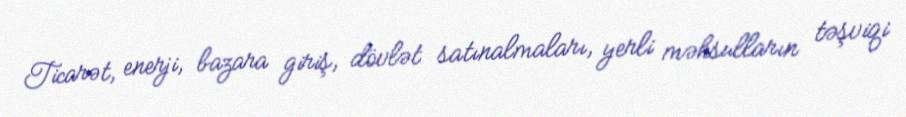
Ticarət, enerji, bazara giriş, dövlət satınalmaları, yerli məhsulların təşviqi